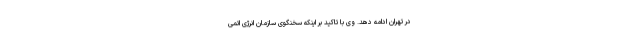
در تهران ادامه دهد. وی با تاکید بر اینکه سخنگوی سازمان انرژی اتمی